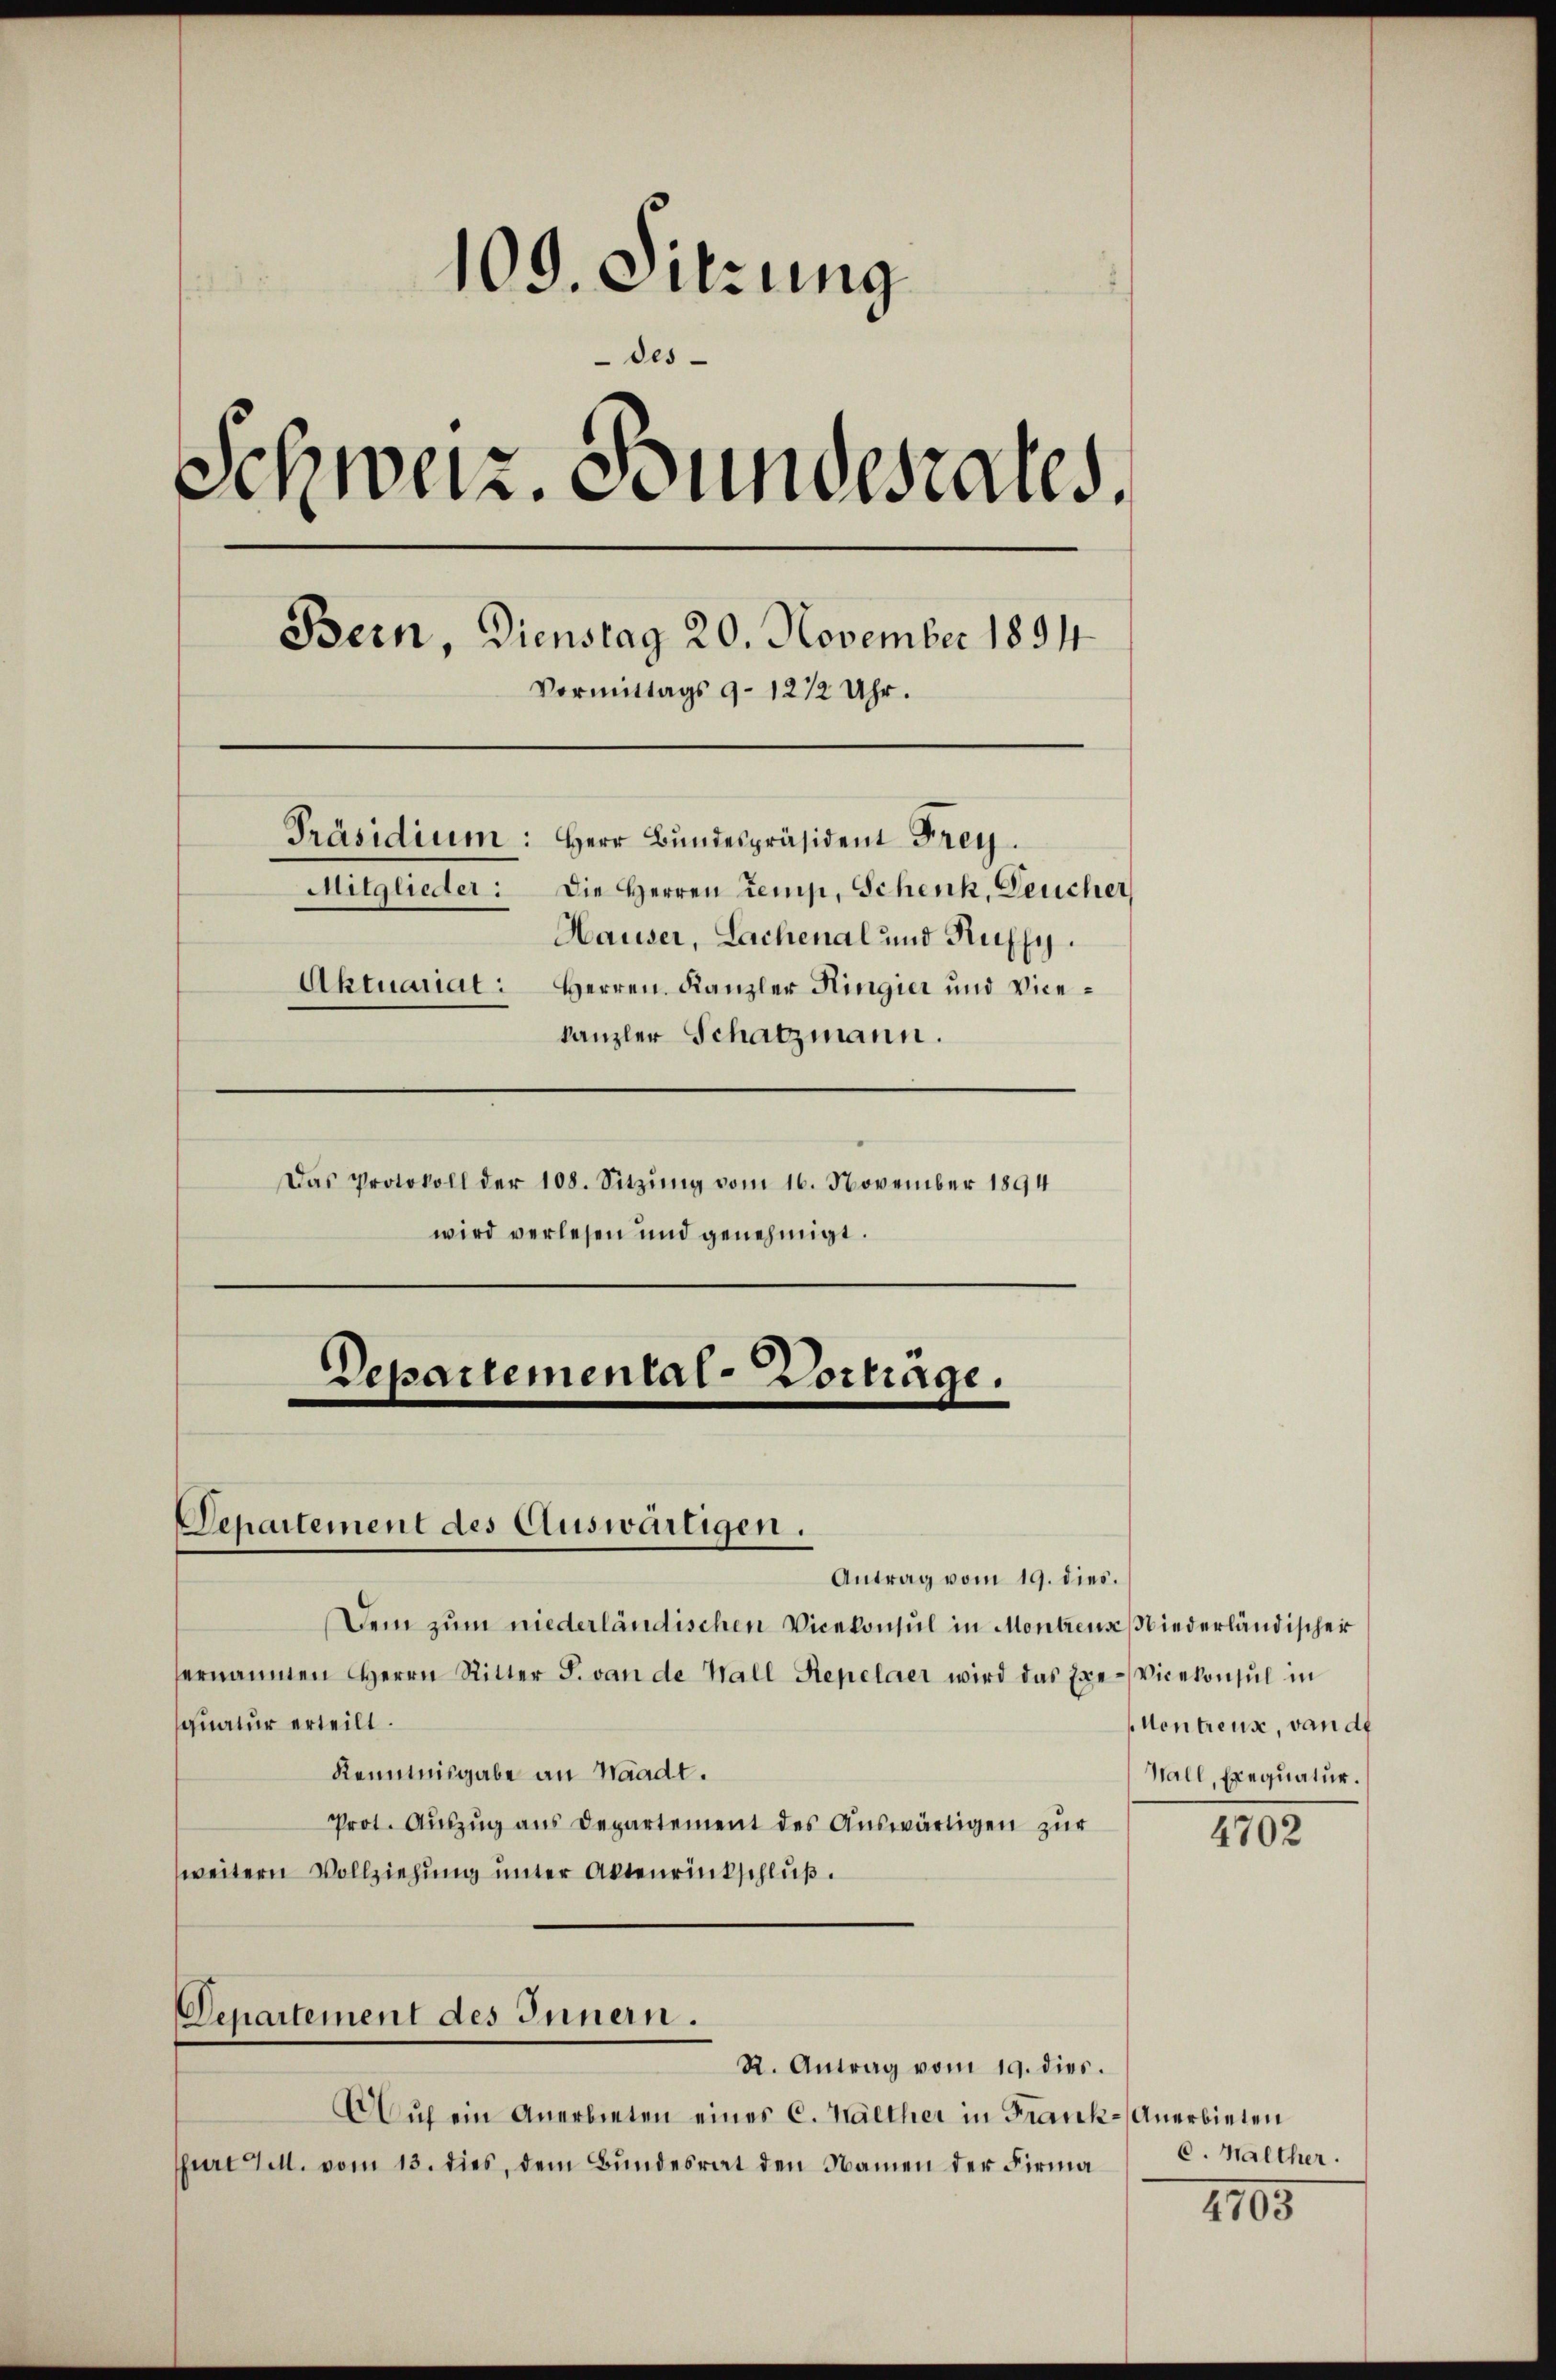
109. Sitzung
des-
Schweiz. Bundesrates.
Bern, Dienstag 20. November 1891
Vormittags 9–12 1/2 Uhr.
Präsidium: Herr Bundespräsident Frey.
Die Herren Zemp, Schenk, Deucher
Mitglieder:
Hauser, Lachenal und Ruffy.
Aktuariat: Herren Kanzler Ringier und Vicekanzler Schatzmann.

Das Protokoll der 108. Sitzung vom 16. November 1894
wird verlesen und genehmigt.

Departemental-Vorträge.

Departement des Auswärtigen.

Departement des Innern.

AAŭf ein Anerbieten eines C. Walther in Frank- Anerbieten
furt M. vom 13. dies, dem Bundesrat den Namen der Firma

Antrag vom 19. dies.
Dem zum niederländischen Vicekonsul in Montrenz Niederländischer
ernannten Herrn Ritter S. von de Hall Repelaer wird das Exe-Vicekonsul in
quatur erteilt.
Kenntnisgabe an Waadt.
Prot. Auszug aus Departement des Auswärtigen zur
weitern Vollziehung unter Aktenrinkschluß.

R. Antrag vom 19. dies.

Hentreux, von de
Hall, Exequatur.

4702

C. Walther.

1195